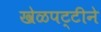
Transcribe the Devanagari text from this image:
खेळपट्टीने